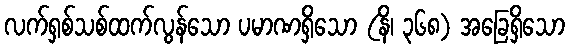
လက်ရှစ်သစ်ထက်လွန်သော ပမာဏရှိသော (နိ၊ ၃၆၈) အခြေရှိသော